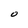
Character: O